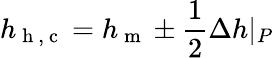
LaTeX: h_{\mathrm{~h~,~c~}}=h_{\mathrm{~m~}}\pm\frac{1}{2}\Delta h|_{P}